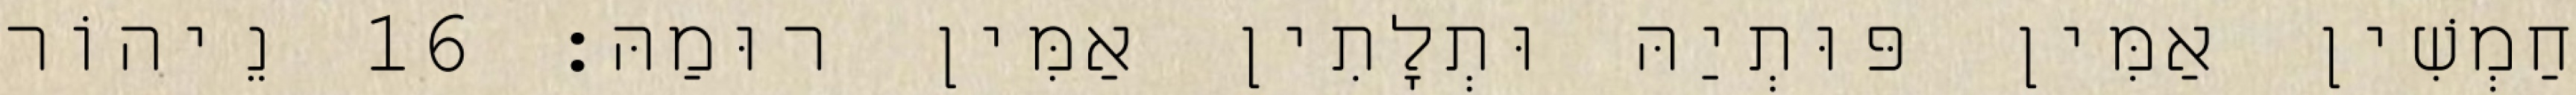
חַמְשִׁין אַמִּין פּוּתְיַהּ וּתְלָתִין אַמִּין רוּמַהּ׃ 16 נֵיהוֹר